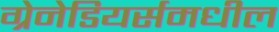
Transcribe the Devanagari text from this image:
ग्रेनेडियर्समधील